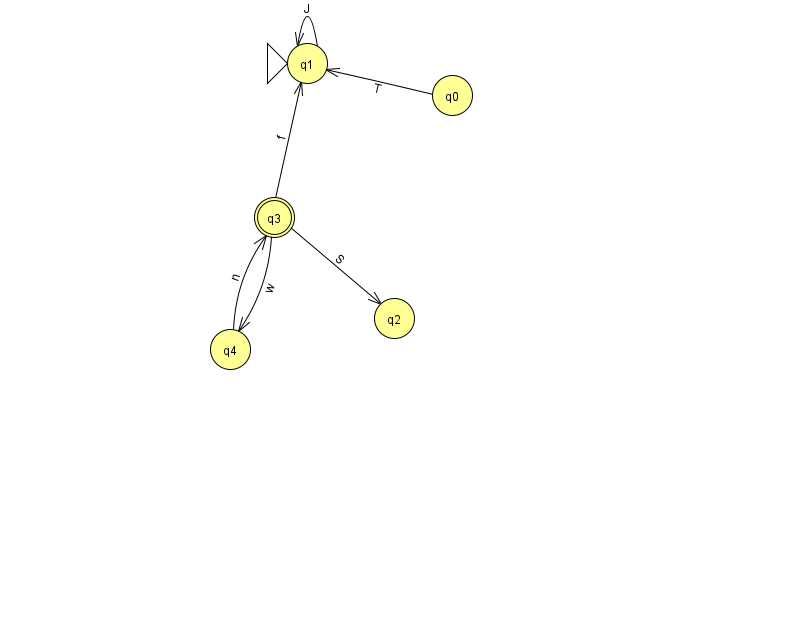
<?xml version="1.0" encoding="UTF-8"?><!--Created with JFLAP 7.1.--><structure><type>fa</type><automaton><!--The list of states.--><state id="0" name="q0"><x>452.0</x><y>82.0</y></state><state id="1" name="q1"><x>307.0</x><y>50.0</y><initial/></state><state id="2" name="q2"><x>394.0</x><y>305.0</y></state><state id="3" name="q3"><x>274.0</x><y>204.0</y><final/></state><state id="4" name="q4"><x>230.0</x><y>336.0</y></state><!--The list of transitions.--><transition><from>3</from><to>2</to><read>S</read></transition><transition><from>4</from><to>3</to><read>n</read></transition><transition><from>0</from><to>1</to><read>T</read></transition><transition><from>3</from><to>1</to><read>f</read></transition><transition><from>1</from><to>1</to><read>J</read></transition><transition><from>3</from><to>4</to><read>w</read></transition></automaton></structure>